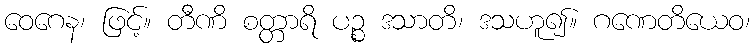
ဝေဂေန၊ ဖြင့်။ တီဏိ စတ္တာရိ ပဉ္စ ဒသာတိ၊ ဒသဟူ၍။ ဂဏေတိယေဝ၊